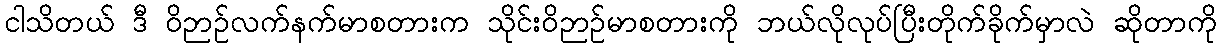
ငါသိတယ် ဒီ ဝိဉာဉ်လက်နက်မာစတားက သိုင်းဝိဉာဉ်မာစတားကို ဘယ်လိုလုပ်ပြီးတိုက်ခိုက်မှာလဲ ဆိုတာကို